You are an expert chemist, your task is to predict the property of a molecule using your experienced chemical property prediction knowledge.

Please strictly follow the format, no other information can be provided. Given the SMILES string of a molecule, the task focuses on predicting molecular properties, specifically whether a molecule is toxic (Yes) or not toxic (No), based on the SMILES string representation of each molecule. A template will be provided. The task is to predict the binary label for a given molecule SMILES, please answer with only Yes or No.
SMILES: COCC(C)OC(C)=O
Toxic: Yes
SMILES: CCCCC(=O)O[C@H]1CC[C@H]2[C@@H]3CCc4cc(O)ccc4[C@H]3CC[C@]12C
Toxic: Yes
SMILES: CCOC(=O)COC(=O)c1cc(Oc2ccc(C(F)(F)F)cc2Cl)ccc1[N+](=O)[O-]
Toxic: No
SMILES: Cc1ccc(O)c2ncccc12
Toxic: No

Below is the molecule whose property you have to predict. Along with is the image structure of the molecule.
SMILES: O=S(=O)(O)c1cc(O)c2ccc(Nc3ccccc3)cc2c1
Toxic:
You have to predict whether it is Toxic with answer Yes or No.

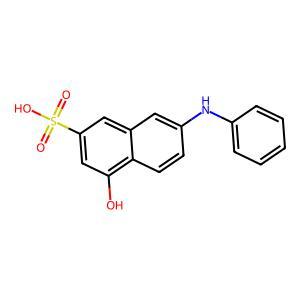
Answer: No